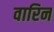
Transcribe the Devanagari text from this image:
वारिन